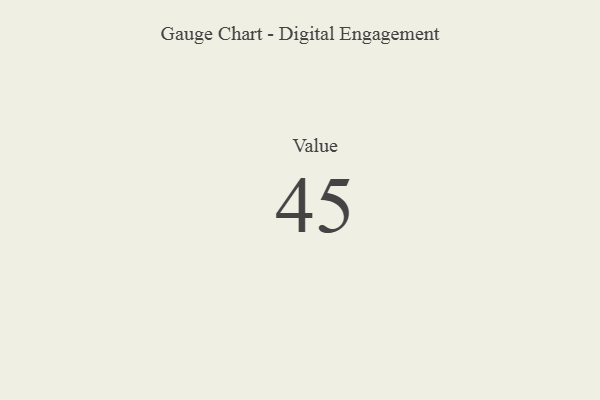
{"axis": {"x": "Metric", "y": "Value"}, "legend": [""], "data": [{"x": "Value", "y": 45, "type": ""}]}